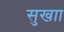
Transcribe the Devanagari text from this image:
सुखाा